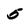
Character: 5